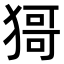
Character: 𤠙